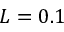
L = 0 . 1